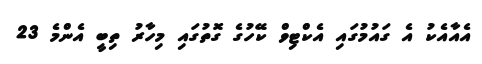
އެއާއެކު އެ ގައުމުގައި އެކްޓިވް ކޭހުގެ ގޮތުގައި މިހާރު ތިބީ އެންމެ 23